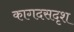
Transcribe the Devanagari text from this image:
कागदसदृश